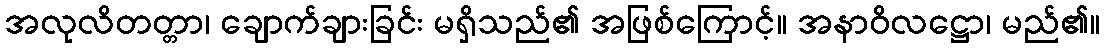
အလုလိတတ္တာ၊ ချောက်ချားခြင်း မရှိသည်၏ အဖြစ်ကြောင့်။ အနာဝိလဋ္ဌော၊ မည်၏။